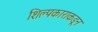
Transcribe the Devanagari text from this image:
शिल्पकाराकडून